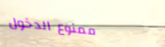
ممنوع الدخول